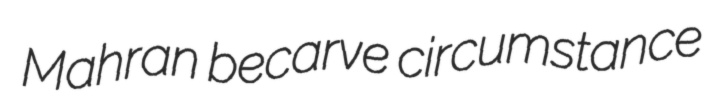
Mahran becarve circumstance